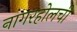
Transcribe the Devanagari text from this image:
नागरहोलची